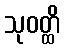
သုဝတ္ထိ